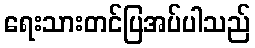
ရေးသားတင်ပြအပ်ပါသည်